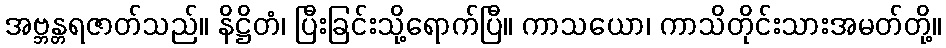
အဗ္ဘန္တရဇာတ်သည်။ နိဋ္ဌိတံ၊ ပြီးခြင်းသို့ရောက်ပြီ။ ကာသယော၊ ကာသိတိုင်းသားအမတ်တို့။